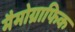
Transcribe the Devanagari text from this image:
मैमोग्राफिक